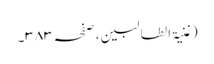
(غنیۃ الطالبین ، صفحہ ٣٨٣۔